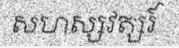
សហស្សវត្សរ៍